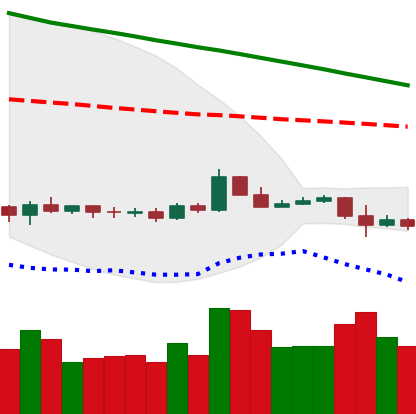
Ticker: ETC-USD
Chart end date: 2019-10-18
Forward return: -3.991%
Label: down_3_5